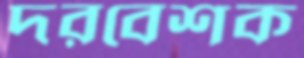
দরবেশক